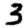
Digit: 3